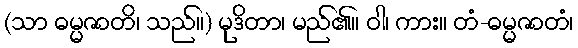
(သာ ဓမ္မဇာတိ၊ သည်။) မုဒိတာ၊ မည်၏။ ဝါ၊ ကား။ တံ-ဓမ္မဇာတံ၊